Sketch of the medical history of the native army of Bombay, for the year
Year: 1876
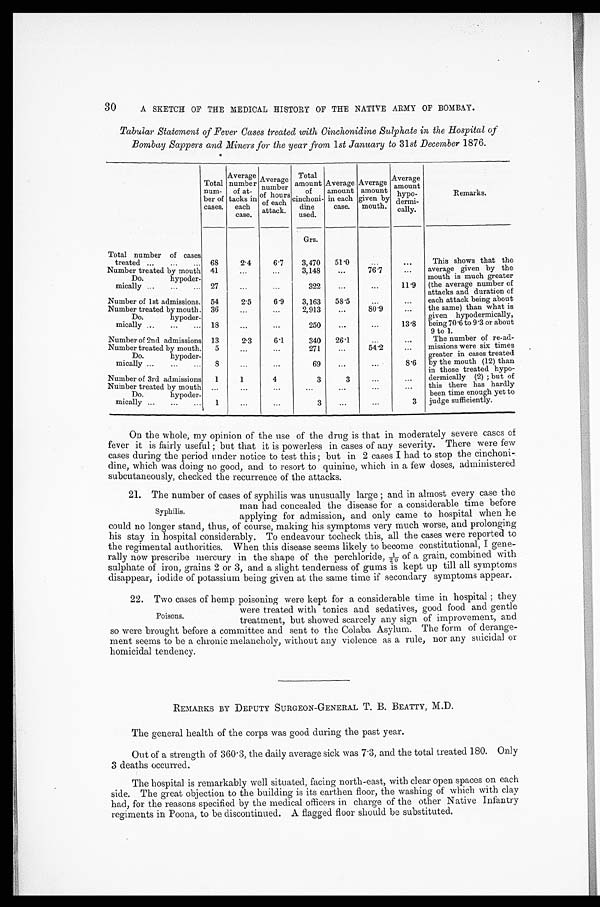
30
A SKETCH OF THE MEDICAL HISTORY OF THE NATIVE ARMY OF BOMBAY.
Tabular Statement of Fever Cases treated with Cinchonidine Sulphate in the Hospital of
Bombay Sappers and Miners for the year from 1st January to 31 st December 1876.
Total
num-
ber of
cases.
Average
number
of at-
tacks in
each
case.
Average number
of of hour s of e a c h
attack.
T o t a l a m o u n t
of
cinchoni
dine
used.
Average
amount
in each
case .
Average
amount
given by
mouth.
Average
amount
h y p o d e r m i c a l l y .
Remarks.
Grs.
Total number of cases
treated ...
...
. . . 68
2.4
6.7
3, 470
51.0
...
. . .
This shows that the
average given by the
mouth is much greater
(the average number of
attacks and duration of
each attack being about
the same) than what is
given hypodermically,
being 70.6 to 9.3 or about
9 to 1.
The number of re-ad-
missions were six times
greater in cases treated
by the mouth (12) than
in those treated hypo
dermically (2) ; but of
this there has hardly
been time enough yet to
judge sufficiently.
Number treated by mouth 41
...
. . .
3,148
...
76.7
...
Do.hypoder-
mically ...
...
... 27
...
. . .
322
...
...
11.9
Number of 1st admissions. 54
2.5
6.9
3,163
58.5
...
...
Number treated by mouth. 36
...
...
2,913
...
80.9
...
Do.
hypoder-
mically ...
...
... 18
...
. . .
250
...
...
13.8
Number of 2nd admissions 13
2.3
6.1
340
26.1
...
...
Number treated by mouth.
5
...
...
271
...
54.2
...
Do.
hypoder-
mically ... ...
... 8
...
...
69
...
...
8.6
Number of 3rd admissions
1
1
4
3
3
...
...
Number treated by mouth ...
...
...
. . .
...
. . .
...
Do.
hypoder-
mically ... ...
...
1
. . .
. . .
3
...
. . .
3
On the whole, my opinion of the use of the drug is that in moderately severe cases of
fever it is fairly useful ; but that it is powerless in cases of any severity. There were few
cases during the period under notice to test this ; but in 2 cases I had to stop the cinchoni-
dine, which was doing no good, and to resort to quinine, which in a few doses, administered.
subcutaneously, checked the recurrence of the attacks.
21. The number of cases of syphilis was unusually large and in almost every case the
Syphilis.
man had concealed the disease for a considerable time before
applying for admission, and only came to hospital when he
c o u l d n o l o n g e r s t a n d , t h u s , o f c o u r s e , m a k i n g h i s s y m p t o m s v e r y m u c h w o r s e , a n d p r o l o n g i n g
his stay in hospital considerably. To endeavour tocheck this, all the cases were reported to
the regimental authorities. When this disease seems likely to become constitutional, I gene-
rally now prescribe mercury in the shape of the perchloride, 1/20 of a grain, combined with
sulphate of iron, grains 2 or 3, and a slight tenderness of gums is kept up till all symptoms
disappear, iodide of potassium being given at the same time if secondary symptoms appear.
22. Two cases of hemp poisoning were kept for a considerable time in hospital ; they
Poisons.
were treated with tonics and sedatives, good food and gentle
treatment, but showed scarcely any sign of improvement, and
so were brought before a committee and sent to the Colaba Asylum. The form of derange-
ment seems to be a chronic melancholy, without any violence as a rule, nor any suicidal or
homicidal tendency.
REMARKS BY DEPUTY SURGEON-GENERAL T. B. BEATTY, M.D.
The general health of the corps was good during the past year.
Out of a strength of 360.3, the daily average sick was 7.3, and the total treated 180. Only
3 deaths occurred.
The hospital is remarkably well situated, facing north-east, with clear open spaces on each
side. The great objection to the building is its earthen floor, the washing of which with clay
had, for the reasons specified by the medical officers in charge of the other Native Infantry
regiments in Poona, to be discontinued. A flagged floor should be substituted.